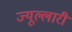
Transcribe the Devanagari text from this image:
ज्यूल्लारी